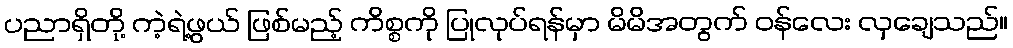
ပညာရှိတို့ ကဲ့ရဲ့ဖွယ် ဖြစ်မည့် ကိစ္စကို ပြုလုပ်ရန်မှာ မိမိအတွက် ဝန်လေး လှချေသည်။